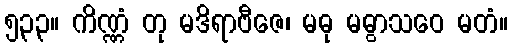
၅၃၃။ ကိဏ္ဏံ တု မဒိရာဗီဇေ၊ မဓု မဓွာသဝေ မတံ။